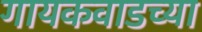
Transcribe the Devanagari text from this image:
गायकवाडच्या